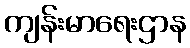
ကျန်းမာရေးဌာန